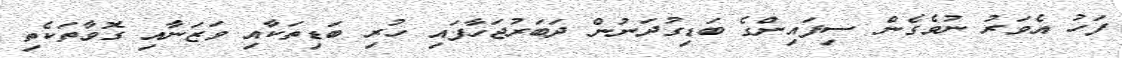
ފަހު އެވަރު ނުވެގެން ސިފައިންގެ ބަޑިގުދަނުން ދަބަރުޖަހާފައި ހުރި ބަޑިތަކާއި ވަޒަނާއި ގޮވާތަކެތި